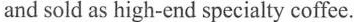
and sold as high-end specialty coffee.